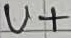
Text: U+